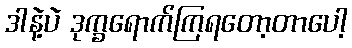
ဒါနဲ့ပဲ ဒုက္ခရောက်ကြရတော့တာပေါ့